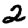
Digit: 2